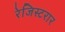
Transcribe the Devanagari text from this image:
रेजिस्टरार